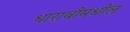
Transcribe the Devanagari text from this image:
धारावीमधील